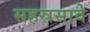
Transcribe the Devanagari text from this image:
सहस्रसावे